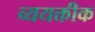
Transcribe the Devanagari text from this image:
व्ययक्तीक